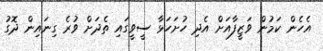
އެހެން ކަމުން ވަޒީފާއަށް އެދި ހުށަހަޅާ ސީވީގައި ތެދަށް ވުރެ ގިނައިން ދޮގު